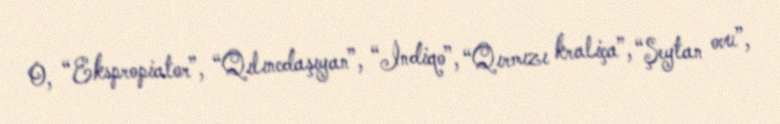
O, “Ekspropiator”, “Qılıncdaşıyan”, “İndiqo”, “Qırmızı kraliça”, “Şeytan ovu”,